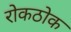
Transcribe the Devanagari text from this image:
रोकठोक